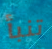
تنبأ